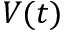
V ( t )